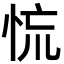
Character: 㤺